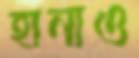
হানাও